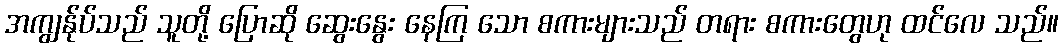
အကျွန်ုပ်သည် သူတို့ ပြောဆို ဆွေးနွေး နေကြ သော စကားများသည် တရား စကားတွေဟု ထင်လေ သည်။